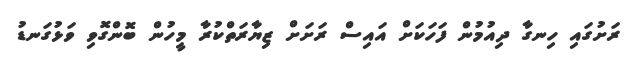
ރަށުގައި ހިނގާ ދިއުމުން ފަހަކަށް އައިސް ރަށަށް ޒިޔާރަތްކުރާ މީހުން ބޮންގޮވި ވަޅުގަނޑު